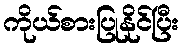
ကိုယ်စားပြုနိုင်ပြီး